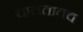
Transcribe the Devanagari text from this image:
चालतातच